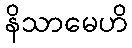
နိသာမေဟိ